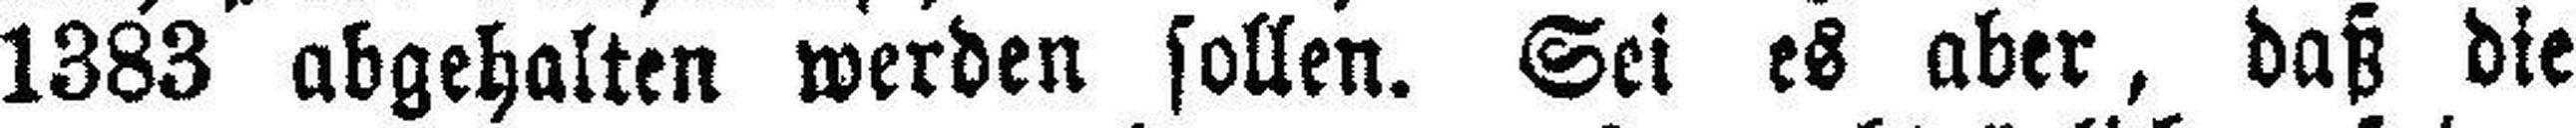
1383 abgehalten werden sollen. Sei es aber, daß die